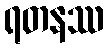
ရတနဿ